Code of medical and sanitary regulations for the guidance of medical officers serving in the Madras Presidency - Volume II
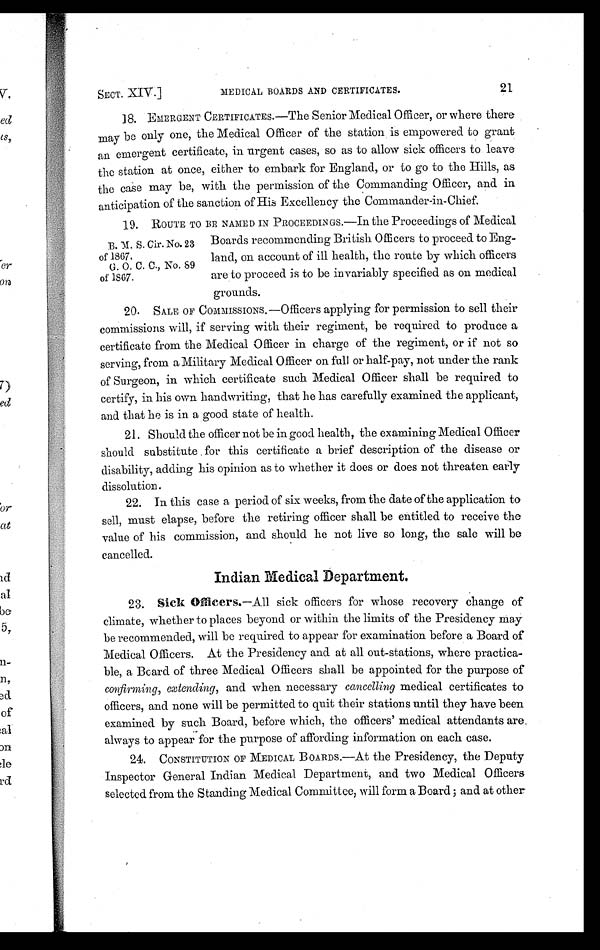
SECT. XIV.]
MEDICAL BOARDS AND CERTIFICATES.
21
18. EMERGENT CERTIFICATES.—The Senior Medical Officer, or where there
may be only one, the Medical Officer of the station is empowered to grant
an emergent certificate, in urgent cases, so as to allow sick officers to leave
the station at once, either to embark for England, or to go to the Hills, as
the case may be, with the permission of the Commanding Officer, and in
anticipation of the sanction of His Excellency the Commander-in-Chief.
19.
ROUTE TO BE NAMED IN PROCEEDINGS.—In the Proceedings of Medical
Boards recommending British Officers to proceed to Eng-
land, on account of ill health, the route by which officers
are to proceed is to be invariably specified as on medical
grounds.
20.
SALE OF COMMISSIONS.—Officers applying for permission to sell their
commissions will, if serving with their regiment, be required to produce a
certificate from the Medical Officer in charge of the regiment, or if not so
serving, from a Military Medical Officer on full or half-pay, not under the rank
of Surgeon, in which certificate such Medical Officer shall be required to
certify, in his own handwriting, that he has carefully examined the applicant,
and that he is in a good state of health.
21. Should the officer not be in good health, the examining Medical Officer
should substitute for this certificate a brief description of the disease or
disability, adding his opinion as to whether it does or does not threaten early
dissolution.
22. In this case a period of six weeks, from the date of the application to
sell, must elapse, before the retiring officer shall be entitled to receive the
value of his commission, and should he not live so long, the sale will be
cancelled.
Indian Medical Department.
23. Sick Officers.—All sick officers for whose recovery change of
climate, whether to places beyond or within the limits of the Presidency may
be recommended, will be required to appear for examination before a Board of
Medical Officers. At the Presidency and at all out-stations, where practica-
ble, a Board of three Medical Officers shall be appointed for the purpose of
Confirming, extending, and when necessary cancelling medical certificates to
officers, and none will be permitted to quit their stations until they have been
examined by such Board, before which, the officers' medical attendants are
always to appear for the purpose of affording information on each case.
24.
CONSTITUTION OF MEDICAL BOARDS.—At the Presidency, the Deputy
Inspector General Indian Medical Department, and two Medical Officers
selected from the Standing Medical Committee, will form a Board; and at other
B. M. S. Cir. No. 23
of 1867.
G. O. C. C., No. 89
of 1867.